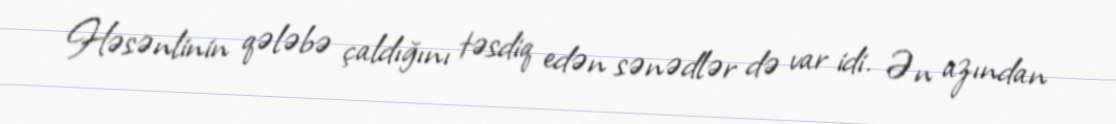
Həsənlinin qələbə çaldığını təsdiq edən sənədlər də var idi. Ən azından